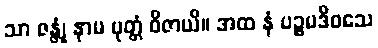
သာ ဇန္တုံ နာမ ပုတ္တံ ဝိဇာယိ။ အထ နံ ပဉ္စမဒိဝသေ